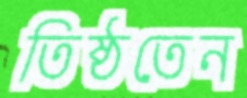
তিষ্ঠতেন